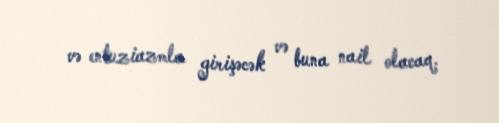
və entuziazmla girişəcək və buna nail olacaq.